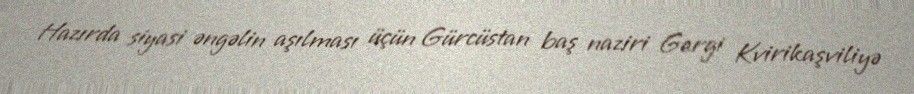
Hazırda siyasi əngəlin aşılması üçün Gürcüstan baş naziri Gergi Kvirikaşviliyə